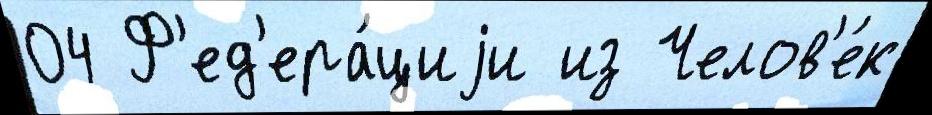
04 Ф'ед'ера́циjи из Челов'е́к